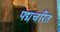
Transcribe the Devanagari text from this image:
पद्मचरित